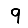
Digit: 9